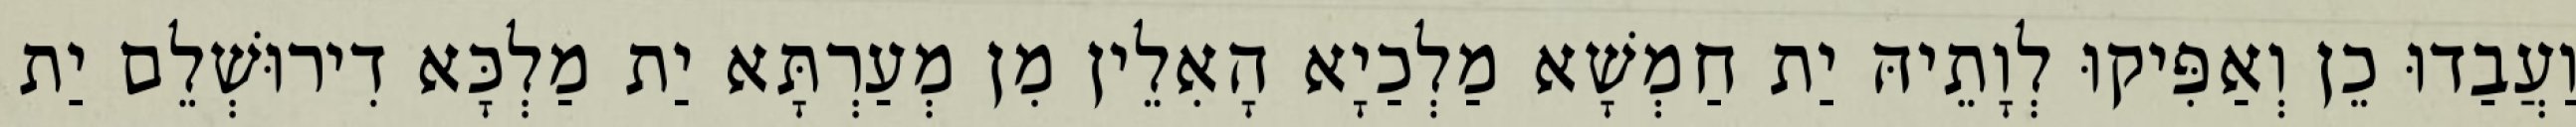
וַעֲבַדוּ כֵן וְאַפִּיקוּ לְוָתֵיהּ יַת חַמְשָׁא מַלְכַיָא הָאִלֵין מִן מְעַרְתָּא יַת מַלְכָּא דִירוּשְׁלֵם יַת